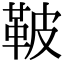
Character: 鞁